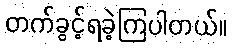
တက်ခွင့်ရခဲ့ကြပါတယ်။